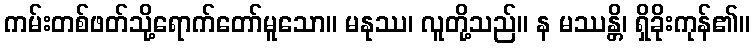
ကမ်းတစ်ဖတ်သို့ရောက်တော်မူသော။ မနုဿ၊ လူတို့သည်။ န မဿန္တိ၊ ရှိခိုးကုန်၏။